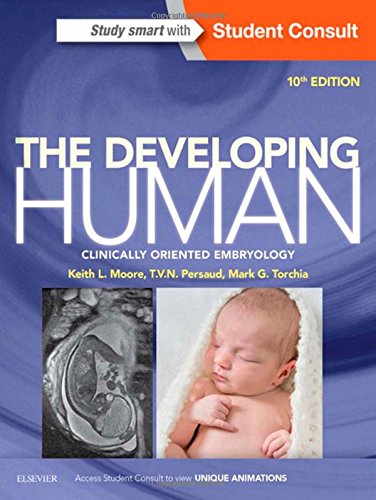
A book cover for The Developing Human: Clinically Oriented Embryology, 10e; Keith L. Moore BA  MSc  PhD  DSc  FIAC  FRSM  FAAA; Medical Books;